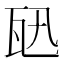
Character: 𤬫